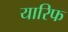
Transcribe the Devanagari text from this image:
यारिफ